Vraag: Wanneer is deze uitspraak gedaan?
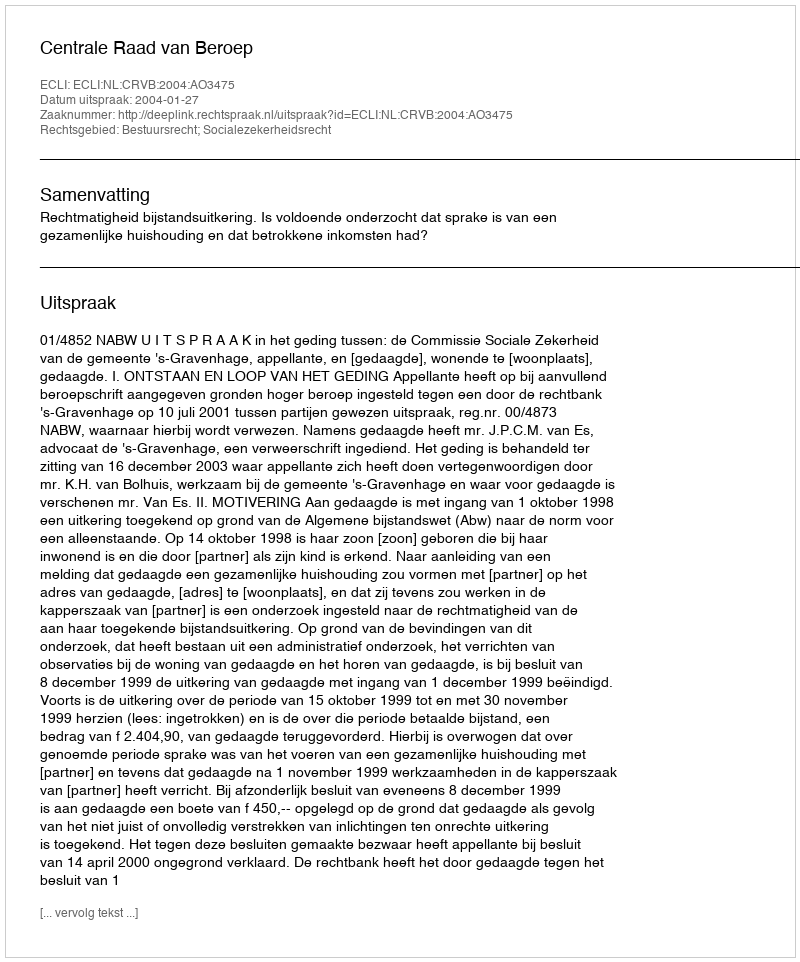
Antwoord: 2004-01-27